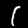
Digit: 1